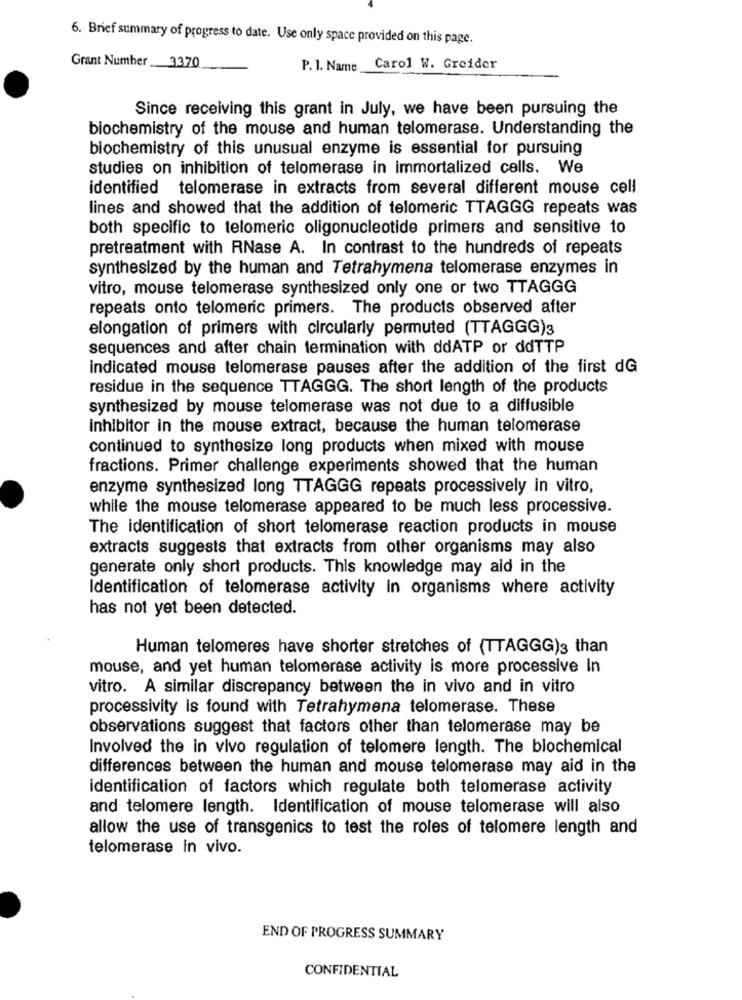
6. Brief summary of progress to date. Use only space provided on this page.
Grant Number 3370
P. 1. Name
Carol W. Greider
Since receiving this grant in July, we have been pursuing the
biochemistry of the mouse and human telomerase. Understanding the
biochemistry of this unusual enzyme is essential for pursuing
studies on inhibition of telomerase in immortalized cells. We
identified telomerase in extracts from several different mouse cell
lines and showed that the addition of telomeric TTAGGG repeats was
both specific to telomeric oligonucleotide primers and sensitive to
pretreatment with RNase A. In contrast to the hundreds of repeats
synthesized by the human and Tetrahymena telomerase enzymes in
vitro, mouse telomerase synthesized only one or two TTAGGG
repeats onto telomeric primers. The products observed after
elongation of primers with circularly permuted (TTAGGG)3
sequences and after chain termination with ddATP or ddTTP
indicated mouse telomerase pauses after the addition of the first dG
residue in the sequence TTAGGG. The short length of the products
synthesized by mouse telomerase was not due to a diffusible
inhibitor in the mouse extract, because the human telomerase
continued to synthesize long products when mixed with mouse
fractions. Primer challenge experiments showed that the human
enzyme synthesized long TTAGGG repeats processively in vitro,
while the mouse telomerase appeared to be much less processive.
The identification of short telomerase reaction products in mouse
extracts suggests that extracts from other organisms may also
generate only short products. This knowledge may aid in the
Identification of telomerase activity in organisms where activity
has not yet been detected.
Human telomeres have shorter stretches of (TTAGGG)3 than
mouse, and yet human telomerase activity is more processive In
vitro. A similar discrepancy between the in vivo and in vitro
processivity is found with Tetrahymena telomerase. These
observations suggest that factors other than telomerase may be
Involved the in vivo regulation of telomere length. The biochemical
differences between the human and mouse telomerase may aid in the
identification of factors which regulate both telomerase activity
and telomere length. Identification of mouse telomerase will also
allow the use of transgenics to test the roles of telomere length and
telomerase in vivo.
END OF PROGRESS SUMMARY
CONFIDENTIAL